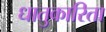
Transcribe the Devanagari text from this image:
धातुकारिता